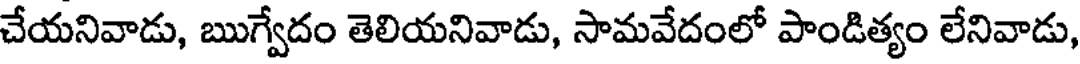
చేయనివాడు, ఋగ్వేదం తెలియనివాడు, సామవేదంలో పాండిత్యం లేనివాడు,